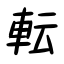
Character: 転